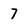
Character: 7